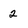
Character: 2